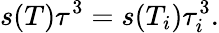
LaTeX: s(T)\tau^{3}=s(T_{i})\tau_{i}^{3}.